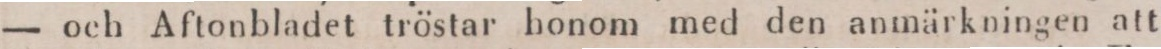
— och Aftonbladet tröstar honom med den anmärkningen att